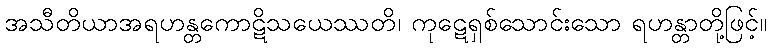
အသီတိယာအရဟန္တကောဋိသယေဿတိ၊ ကုဋေရှစ်သောင်းသော ရဟန္တာတို့ဖြင့်။